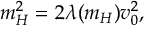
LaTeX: m _ { H } ^ { 2 } = 2 \lambda ( m _ { H } ) v _ { 0 } ^ { 2 } ,